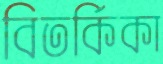
বিতর্কিকা